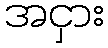
အငှား